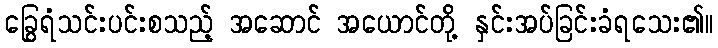
ခြွေရံသင်းပင်းစသည့် အဆောင် အယောင်တို့ နှင်းအပ်ခြင်းခံရသေး၏။